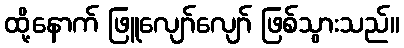
ထို့နောက် ဖြူလျော်လျော် ဖြစ်သွားသည်။